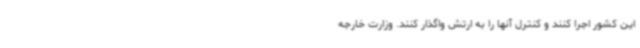
این کشور اجرا کنند و کنترل آنها را به ارتش واگذار کنند. وزارت خارجه